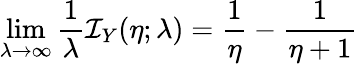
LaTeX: \operatorname*{lim}_{\lambda\to\infty}\frac{1}{\lambda}{\mathcal{I}_{Y}(\eta;\lambda)}=\frac{1}{\eta}-\frac{1}{\eta+1}